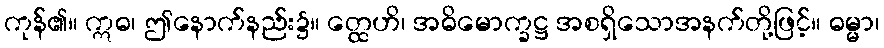
ကုန်၏။ ဣဓ၊ ဤနောက်နည်း၌။ တ္ထေဟိ၊ အဓိမောက္ခဋ္ဌ အစရှိသောအနက်တို့ဖြင့်။ ဓမ္မာ၊